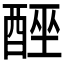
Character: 𮠮